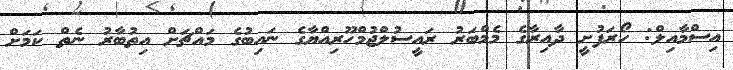
އިސްމާއިލް: ހޯރަފުށީ ދާއިރާގެ މެމްބަރު ރައީސުލްޖުމްހޫރިއްޔާގެ ނައިބުގެ މައްޗަށް އިތުބާރު ނެތް ކަމަށް